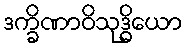
ဒက္ခိဏာဝိသုဒ္ဓိယော